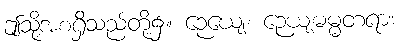
ဤသို့အစရှိသည်တို့၌။ ဉေယျေ၊ ဉေယျဓမ္မတရား